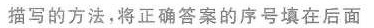
描写的方法，将正确答案的序号填在后面